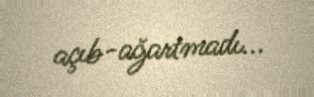
açıb-ağartmadı...